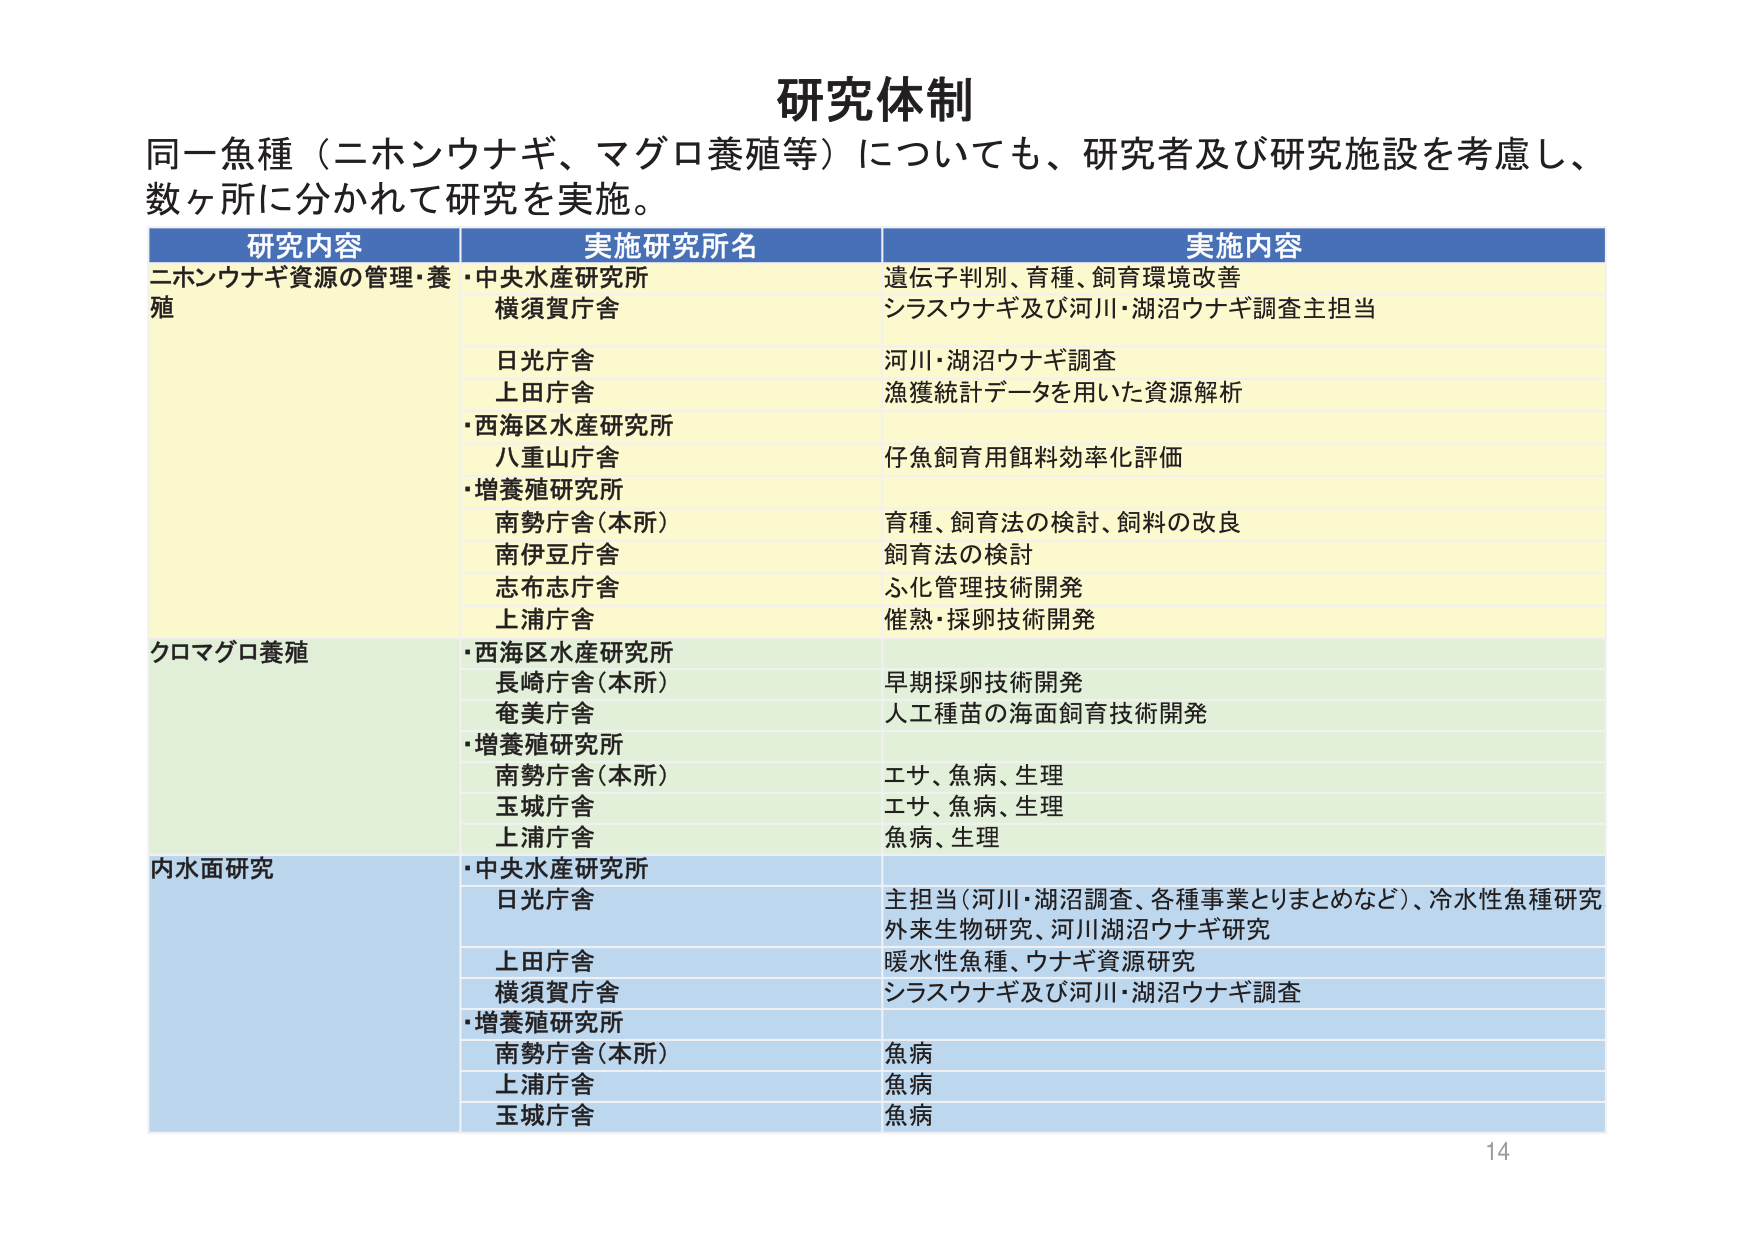
研究体制

同一魚種（ニホンウナギ、マグロ養殖等）についても、研究者及び研究施設を考慮し、
数ヶ所に分かれて研究を実施。

研究内容 実施研究所名 実施内容

ニホンウナギ資源の管理・養殖
・中央水産研究所
横須賀庁舎
遺伝子判別、育種、飼育環境改善
シラスウナギ及び河川・湖沼ウナギ調査主担当

日光庁舎
河川・湖沼ウナギ調査

上田庁舎
漁獲統計データを用いた資源解析

・西海区水産研究所
八重山庁舎
仔魚飼育用飼料効率化評価

・増養殖研究所
南勢庁舎（本所）
育種、飼育法の検討、飼料の改良

南伊豆庁舎
飼育法の検討

志布志庁舎
ふ化管理技術開発

上浦庁舎
催熟・採卵技術開発

クロマグロ養殖
・西海区水産研究所
長崎庁舎（本所）
早期採卵技術開発

奄美庁舎
人工種苗の海面飼育技術開発

・増養殖研究所
南勢庁舎（本所）
エサ、魚病、生理

玉城庁舎
エサ、魚病、生理

上浦庁舎
魚病、生理

内水面研究
・中央水産研究所
日光庁舎
主担当（河川・湖沼調査、各種事業とりまとめなど）、冷水性魚種研究
外来生物研究、河川湖沼ウナギ研究

上田庁舎
暖水性魚種、ウナギ資源研究

横須賀庁舎
シラスウナギ及び河川・湖沼ウナギ調査

・増養殖研究所
南勢庁舎（本所）
魚病

上浦庁舎
魚病

玉城庁舎
魚病

14